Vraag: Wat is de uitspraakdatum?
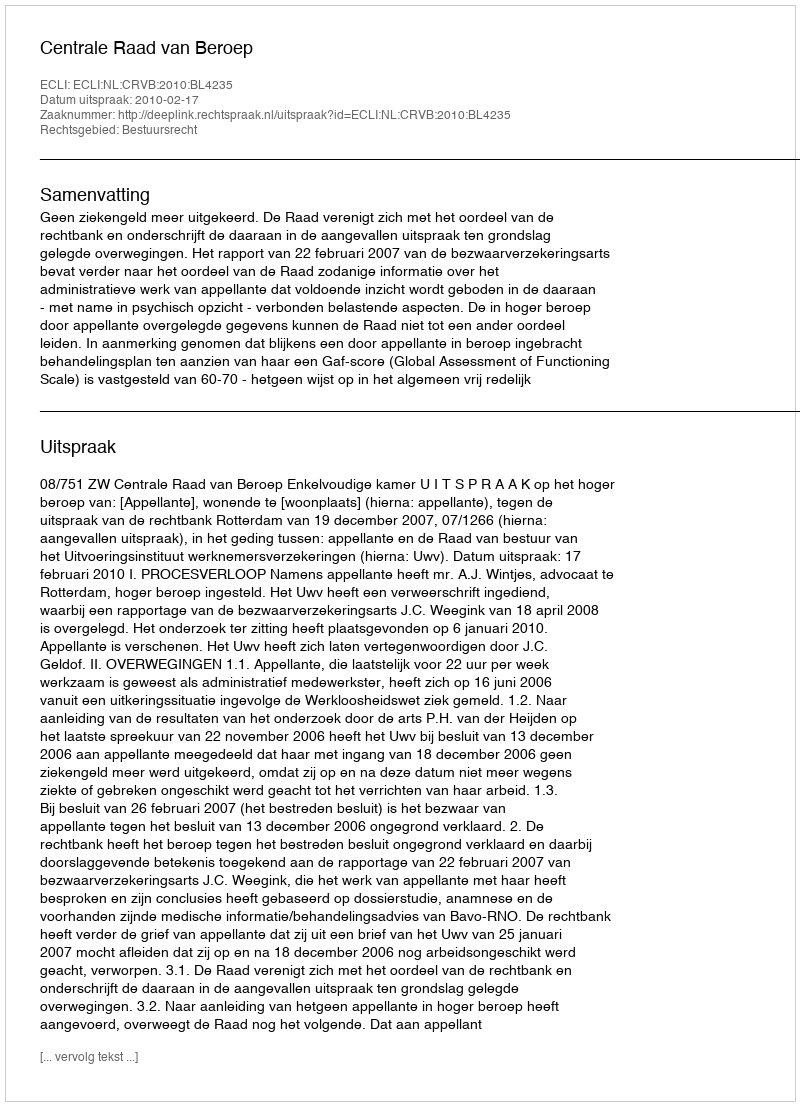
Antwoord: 2010-02-17